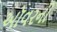
ઑવરની